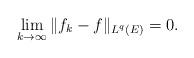
LaTeX: \begin{align*}\lim_{k\rightarrow\infty}\|f_k-f\|_{L^q(E)}=0.\end{align*}